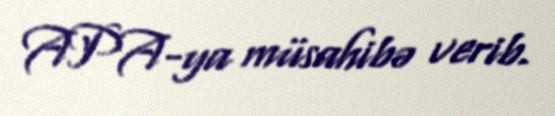
APA-ya müsahibə verib.